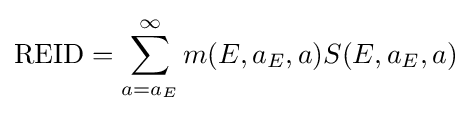
\mathrm {REID} =\sum _{a=a_{E}}^{\infty }m(E,a_{E},a)S(E,a_{E},a)